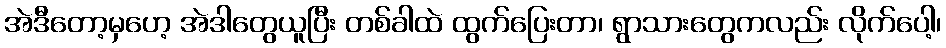
အဲဒီတော့မှဟေ့ အဲဒါတွေယူပြီး တစ်ခါထဲ ထွက်ပြေးတာ၊ ရွာသားတွေကလည်း လိုက်ပေါ့၊